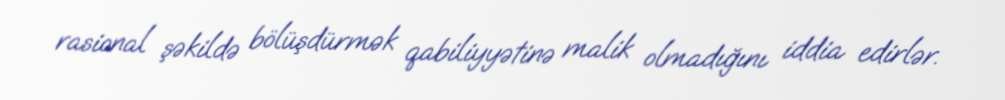
rasional şəkildə bölüşdürmək qabiliyyətinə malik olmadığını iddia edirlər.